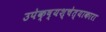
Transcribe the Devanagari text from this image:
उपेक्ष्यश्चेत्याकारा